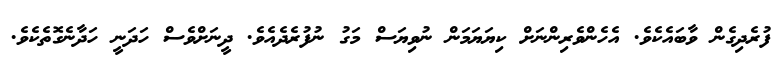
ފުރެދިގެން ވާބައެކެވެ. އެހެންވެރިންނަށް ކިޔަޔަމަން ނުވިޔަސް މަގު ނުފުރެދެއެވެ. ދީނަށްވެސް ހަދަނީ ހަދާނެގޮތެކެވެ.